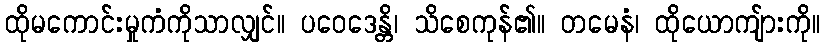
ထိုမကောင်းမှုကံကိုသာလျှင်။ ပဝေဒေန္တိ၊ သိစေကုန်၏။ တမေနံ၊ ထိုယောကျ်ားကို။